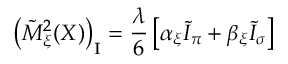
\left( \tilde { M } _ { \xi } ^ { 2 } ( X ) \right) _ { \mathrm { \scriptsize { I } } } = \frac { \lambda } { 6 } \left[ \alpha _ { \xi } \tilde { \cal I } _ { \pi } + \beta _ { \xi } \tilde { \cal I } _ { \sigma } \right]